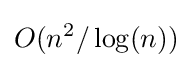
O(n^{2}/\log(n))